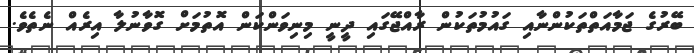
ބޭރުގެ ޖަމާއަތްތަކުންނާއި ގައުމުތަކުން ރާއްޖޭގައި ދީނީ މިނިވަންކަން އޮތުމަށް ގޮވާނުލާ އިރެއް ނެތެވެ.